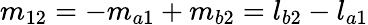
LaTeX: m_{12}=-m_{a1}+m_{b2}=l_{b2}-l_{a1}